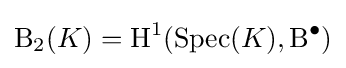
\operatorname {B} _{2}(K)=\operatorname {H} ^{1}(\operatorname {Spec} (K),\operatorname {B} ^{\bullet })